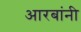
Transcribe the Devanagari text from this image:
आरबांनी